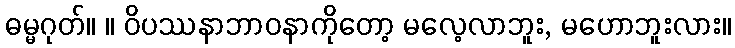
ဓမ္မဂုတ်။ ။ ဝိပဿနာဘာဝနာကိုတော့ မလေ့လာဘူး, မဟောဘူးလား။